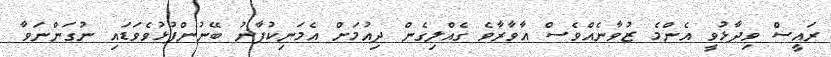
ރައީސް ވިދާޅުވީ އެންމެ ޒުވާނެއްވެސް އާވާރާވެ ގެއްލިގެން ދިއުމަށް އެމަނިކުފާނު ބޭނުންފުޅުވެވަޑައި ނުގަންނަވާ